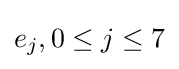
e_{j},0\leq j\leq 7